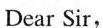
Dear Sir,